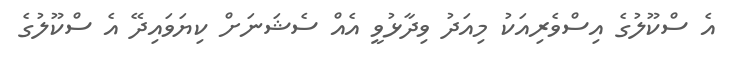
އެ ސްކޫލުގެ އިސްވެރިއަކު މިއަދު ވިދާޅުވީ އެއް ސެޝަނަށް ކިޔަވައިދޭ އެ ސްކޫލުގެ